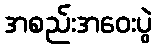
အစည်းအဝေးပွဲ